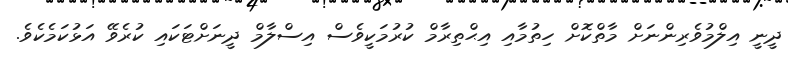
ދީނީ އިލްމުވެރިންނަށް މާތްކޮށް ހިތުމާއި އިޙްތިރާމް ކުރުމަކީވެސް އިސްލާމް ދީނަށްޓަކައި ކުރެވޭ އަޅުކަމެކެވެ.